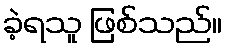
ခဲ့ရသူ ဖြစ်သည်။